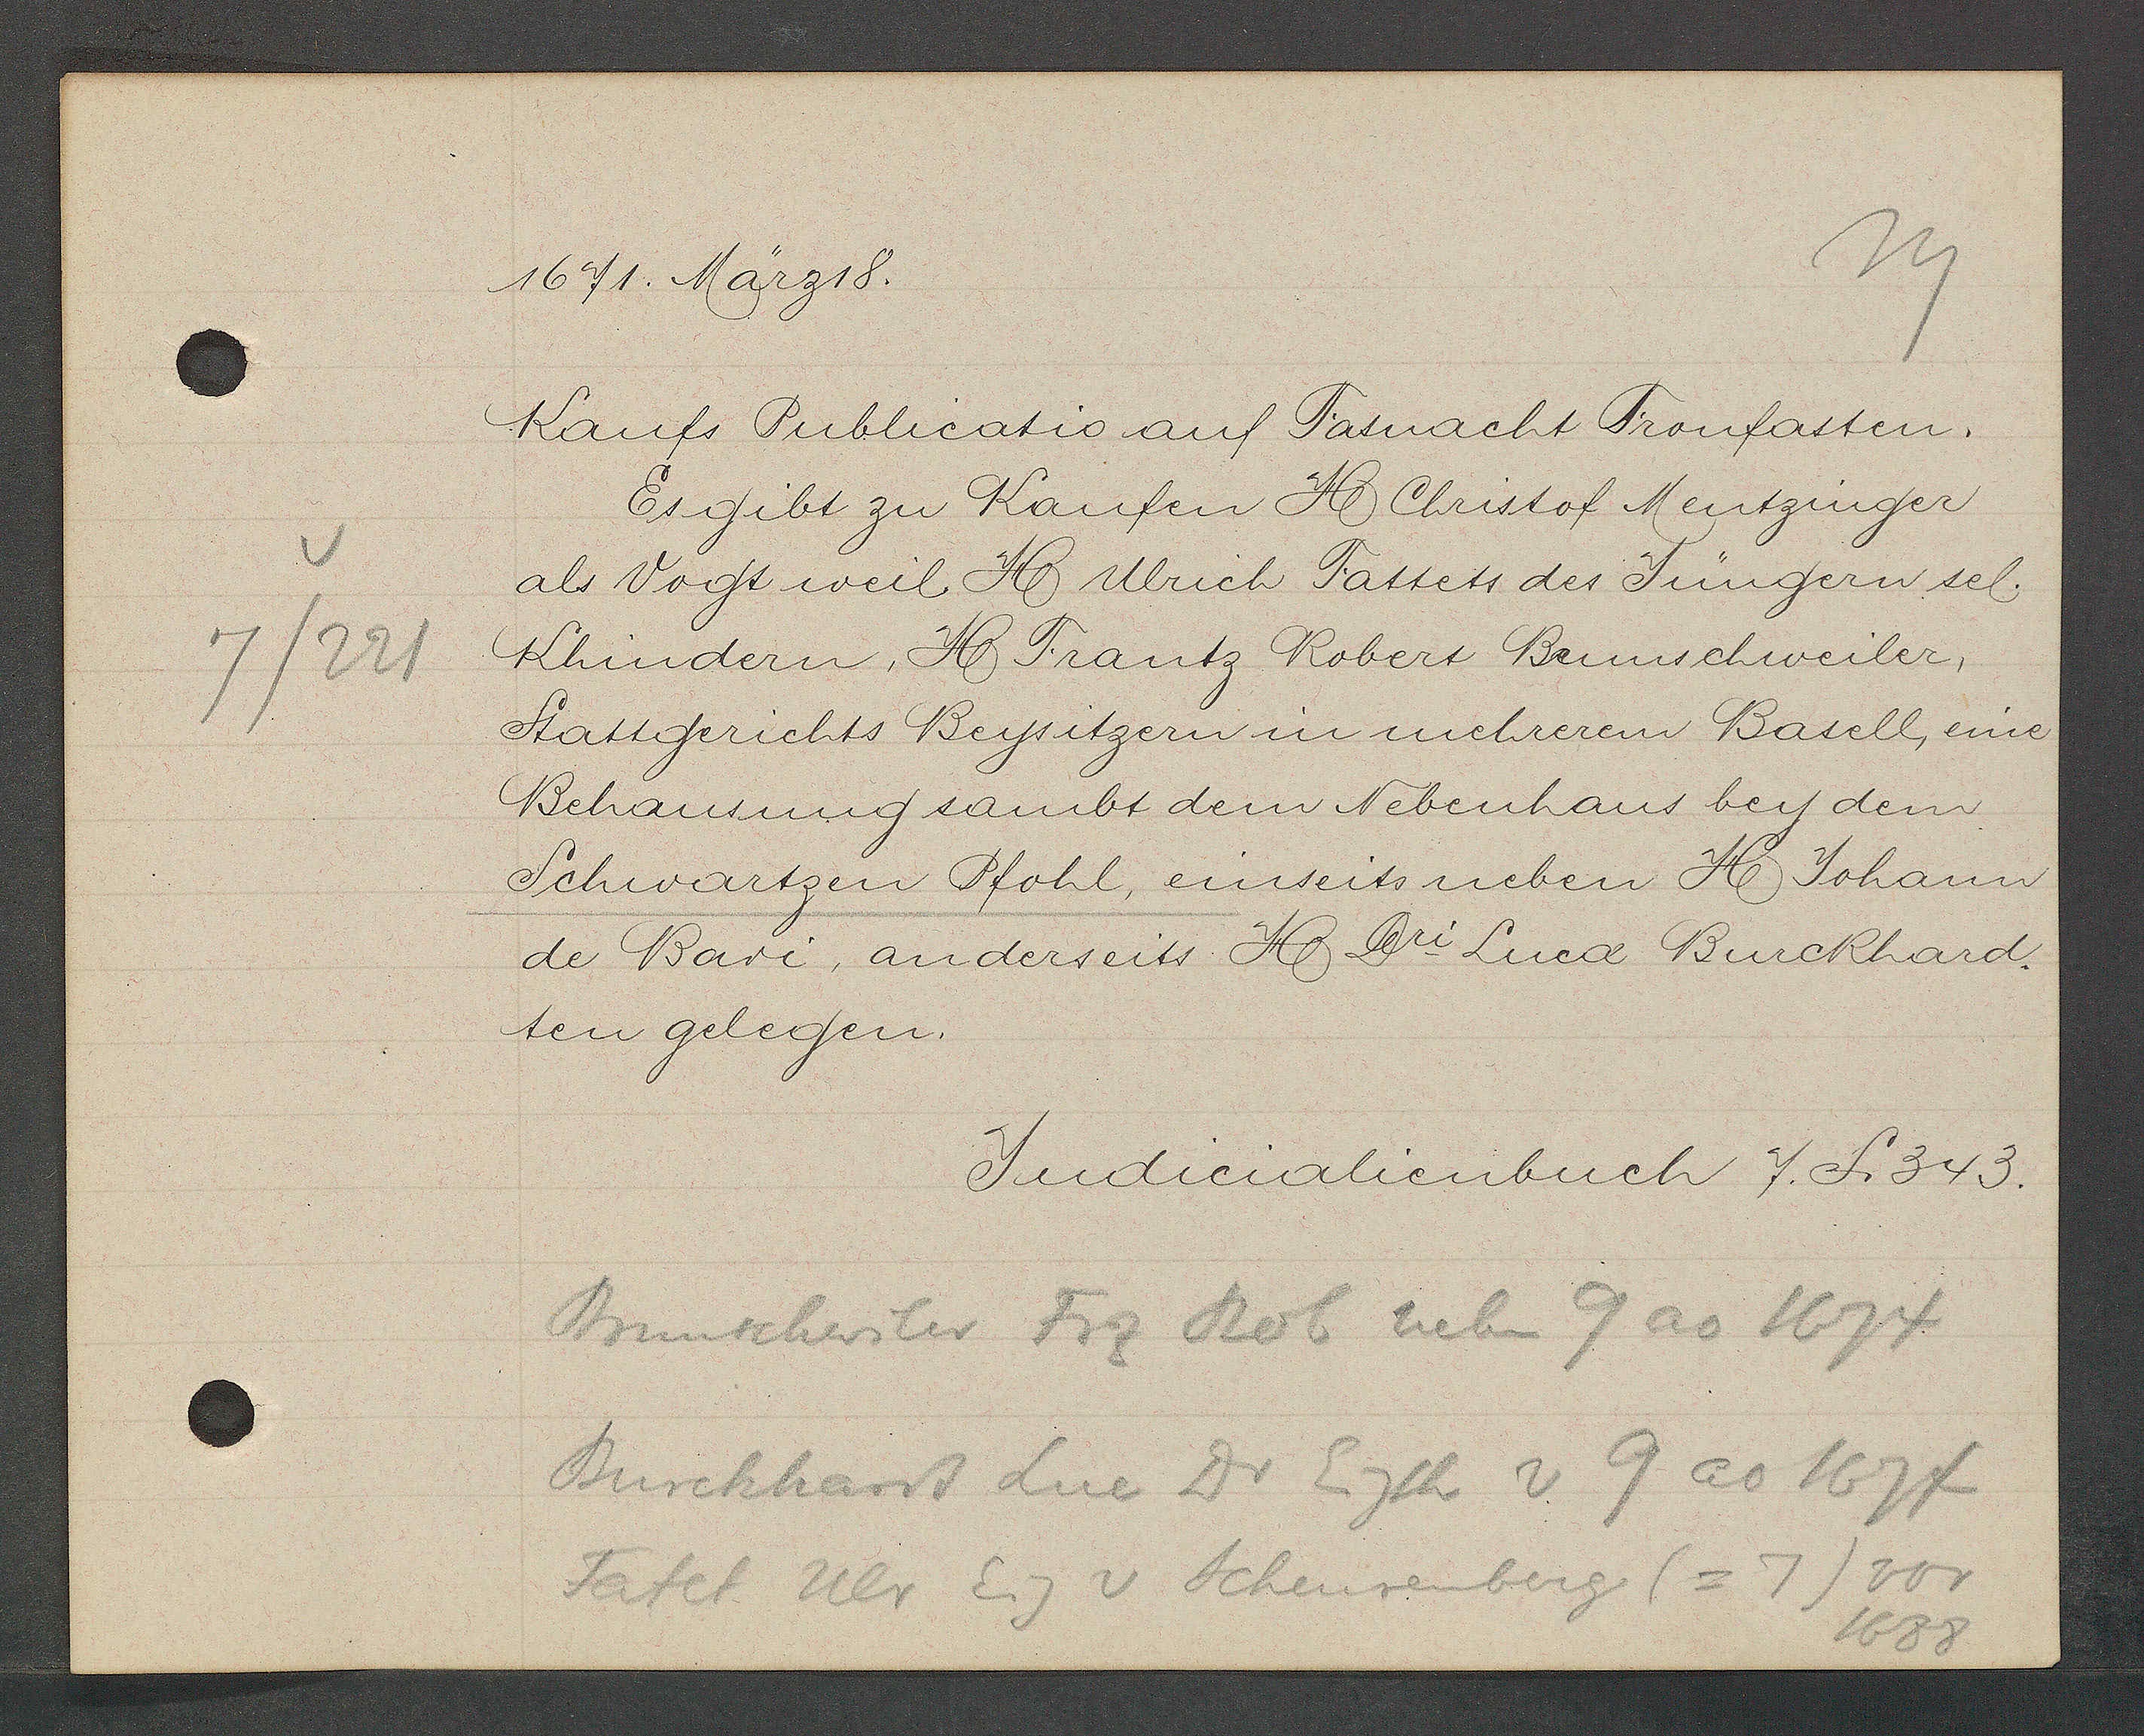
Transcript:
7/221

1671. März 18.

Kaufs Publicatio auf Fasnacht Fronfasten.
Es gibt zu Kaufen H. Christof Mentzinger
als Vogt weil H. Ulrich Tattets des Jüngern sel.
Khindern, H. Frantz Robert Brunschweiler,
Stattgerichts Beysitzern in mehrerem Basell, eine
Behausung sambt dem Nebenhaus bey dem
Schwartzen Pfohl, einseits neben H. Johann
de Bari, anderseits H. Dri Luca Burckhard.
ten gelegen.

Judicialienbuch 7. S. 343.

Brunschwiler Frz Rob neben 9 ao 1674
Burckhardt Luc Dr Eigth v 9 ao 1674
Tatet Ulr Eig v Scheurenberg (= 7) vor
1688